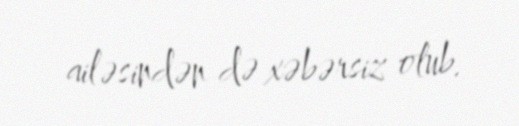
ailəsindən də xəbərsiz olub.